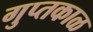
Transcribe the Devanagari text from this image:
गुप्तकाळ